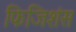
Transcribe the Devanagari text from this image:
फिजिशंस